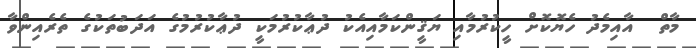
މާތް  އާއިމެދު ހެޔޮކޮށް ހީކުރުމާއި ޔަޤީންކަމާއިއެކު ދުޢާކުރުމަކީ ދުޢާކުރުމުގެ އަދަބުތަކުގެ ތެރެއިންވާ